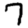
Digit: 7